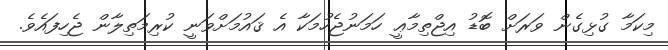
މިކަމާ ގުޅިގެން ވަރަށް ބޮޑު އިޖްތިމާޢީ ހަމަނުޖެހުމަކާ އެ ޤައުމަށްވަނީ ކުރިމަތިލާން ޖެހިފައެވެ.